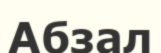
Абзал